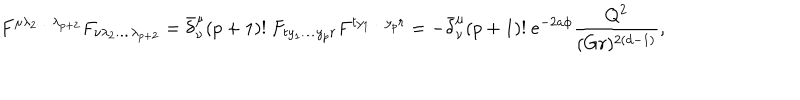
LaTeX: F ^ { \mu \lambda _ { 2 } \dots \lambda _ { p + 2 } } F _ { \nu \lambda _ { 2 } \dots \lambda _ { p + 2 } } = \bar { \delta } _ { \nu } ^ { \mu } ( p + 1 ) ! \ F _ { t y _ { 1 } \dots y _ { p } r } F ^ { t y _ { 1 } \dots y _ { p } r } = - \bar { \delta } _ { \nu } ^ { \mu } ( p + 1 ) ! \ e ^ { - 2 a \phi } { \frac { Q ^ { 2 } } { ( G r ) ^ { 2 ( d - 1 ) } } } ,